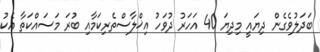
ބަދަލުވެގެން ދިޔައީ މިދިޔަ 40 އަހަރު ދުވަހު އިޚްލާސްތެރިކަމާއި ބުރަ މަސައްކަތާ އެކު